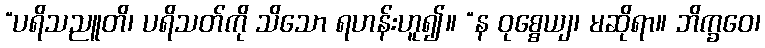
“ပရိသညူတိ၊ ပရိသတ်ကို သိသော ရဟန်းဟူ၍။ “န ဝုစ္စေယျ၊ မဆိုရာ။ ဘိက္ခဝေ၊